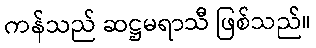
ကန်သည် ဆဋ္ဌမရာသီ ဖြစ်သည်။